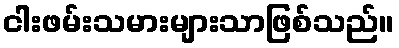
ငါးဖမ်းသမားများသာဖြစ်သည်။